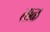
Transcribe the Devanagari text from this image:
ताळ